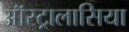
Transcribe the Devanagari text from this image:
ऑस्ट्रालासिया